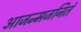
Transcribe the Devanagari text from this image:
आजन्मजनितं